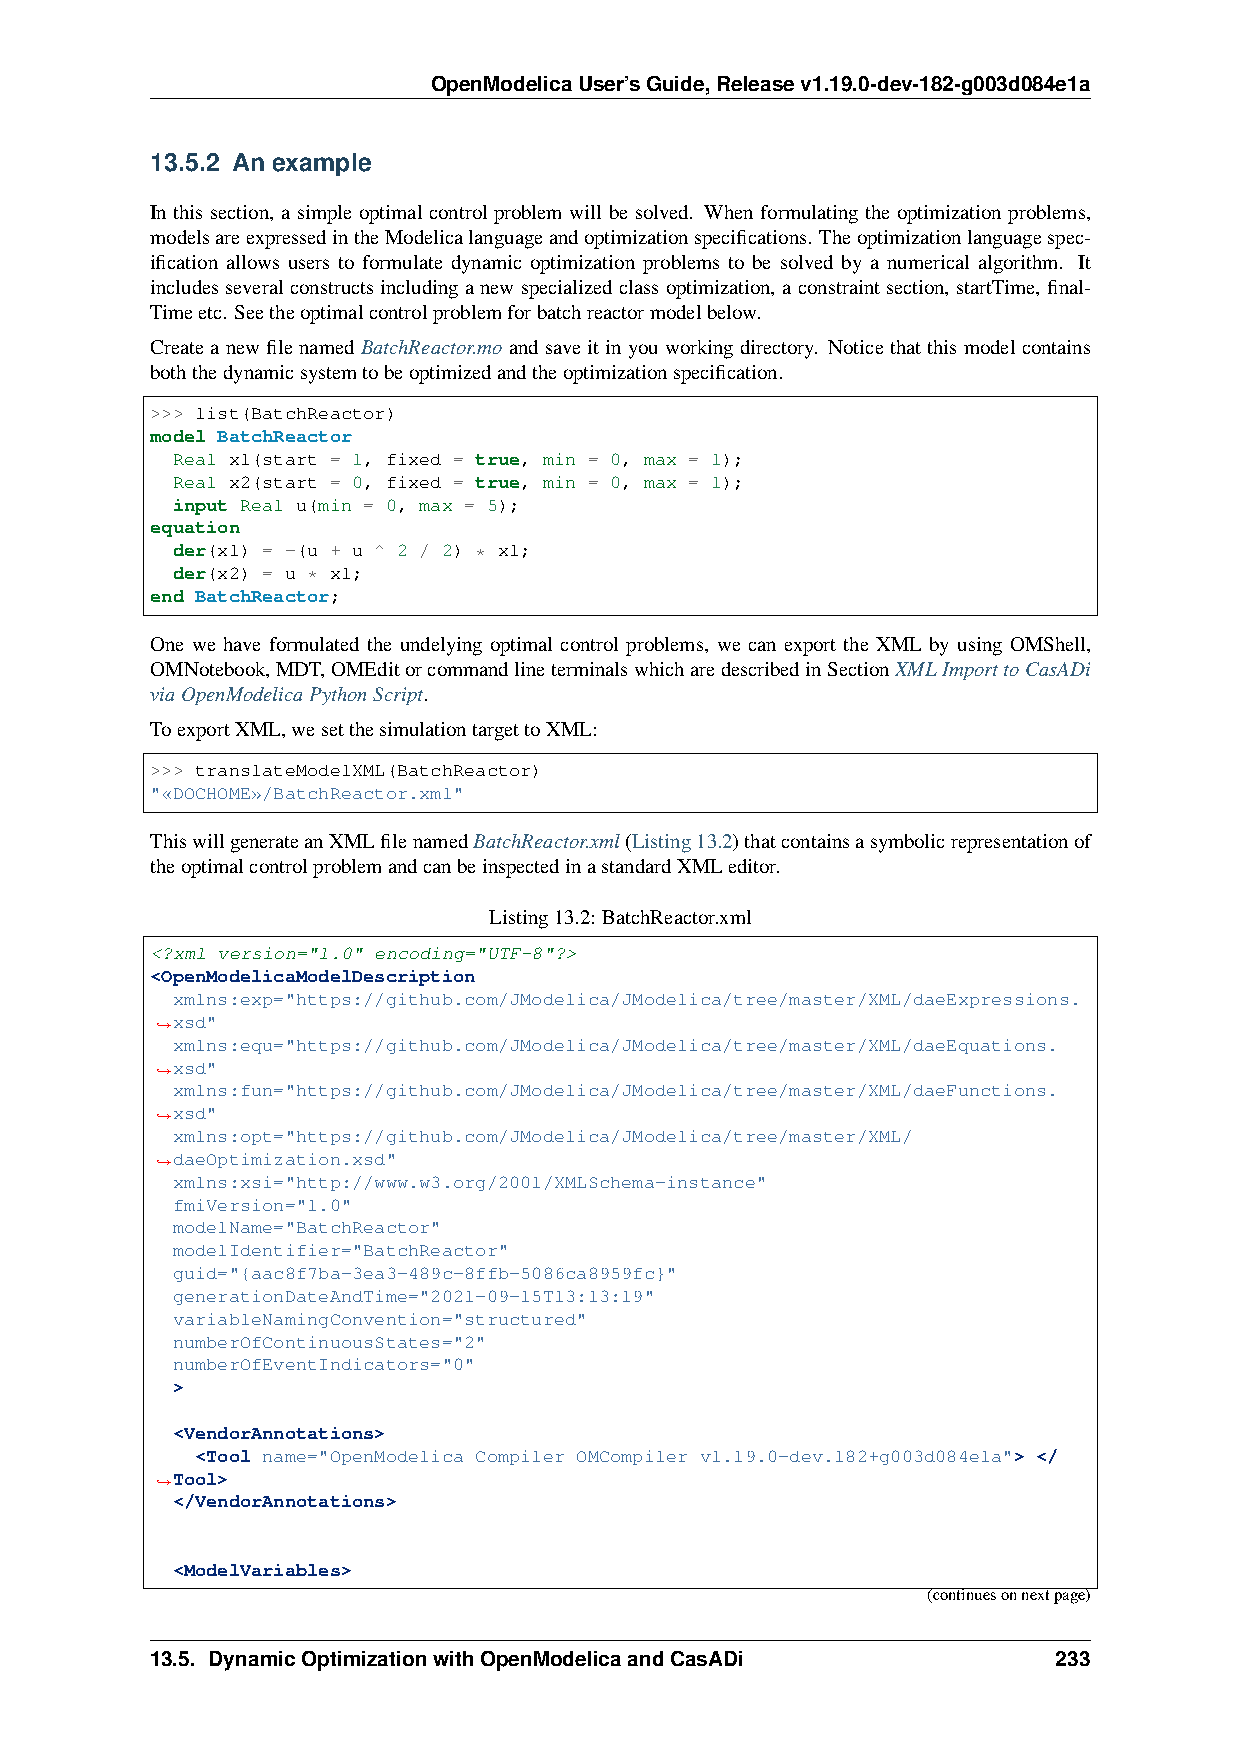
OpenModelicaUser’sGuide,Releasev1.19.0-dev-182-g003d084e1a
 13.5.2 An example
 In this section, a simple optimal control problem will be solved. When formulating the optimization problems,
 modelsareexpressedintheModelicalanguageandoptimizationspecifications. Theoptimizationlanguagespec-
 ification allows users to formulate dynamic optimization problems to be solved by a numerical algorithm. It
 includesseveralconstructsincludinganewspecializedclassoptimization, aconstraintsection, startTime, final-
 Timeetc. Seetheoptimalcontrolproblemforbatchreactormodelbelow.
 CreateanewfilenamedBatchReactor.moandsaveitinyouworkingdirectory. Noticethatthismodelcontains
 boththedynamicsystemtobeoptimizedandtheoptimizationspecification.
 >>> list(BatchReactor)
 model BatchReactor
 Real x1(start = 1, fixed = true, min = 0, max = 1);
 Real x2(start = 0, fixed = true, min = 0, max = 1);
 input Real u(min = 0, max = 5);
 equation
 der(x1) = -(u + u ^ 2 / 2) * x1;
 der(x2) = u * x1;
 end BatchReactor;
 One we have formulated the undelying optimal control problems, we can export the XML by using OMShell,
 OMNotebook,MDT,OMEditorcommandlineterminalswhicharedescribedinSectionXMLImporttoCasADi
 viaOpenModelicaPythonScript.
 ToexportXML,wesetthesimulationtargettoXML:
 >>> translateModelXML(BatchReactor)
 "«DOCHOME»/BatchReactor.xml"
 ThiswillgenerateanXMLfilenamedBatchReactor.xml(Listing13.2)thatcontainsasymbolicrepresentationof
 theoptimalcontrolproblemandcanbeinspectedinastandardXMLeditor.
 Listing13.2: BatchReactor.xml
 <?xml version="1.0" encoding="UTF-8"?>
 <OpenModelicaModelDescription
 xmlns:exp="https://github.com/JModelica/JModelica/tree/master/XML/daeExpressions.
 xsd"
 ˓→
 xmlns:equ="https://github.com/JModelica/JModelica/tree/master/XML/daeEquations.
 xsd"
 ˓→
 xmlns:fun="https://github.com/JModelica/JModelica/tree/master/XML/daeFunctions.
 xsd"
 ˓→
 xmlns:opt="https://github.com/JModelica/JModelica/tree/master/XML/
 daeOptimization.xsd"
 ˓→
 xmlns:xsi="http://www.w3.org/2001/XMLSchema-instance"
 fmiVersion="1.0"
 modelName="BatchReactor"
 modelIdentifier="BatchReactor"
 guid="{aac8f7ba-3ea3-489c-8ffb-5086ca8959fc}"
 generationDateAndTime="2021-09-15T13:13:19"
 variableNamingConvention="structured"
 numberOfContinuousStates="2"
 numberOfEventIndicators="0"
 >
 <VendorAnnotations>
 <Tool name="OpenModelica Compiler OMCompiler v1.19.0-dev.182+g003d084e1a"> </
 Tool>
 ˓→
 </VendorAnnotations>
 <ModelVariables>
 (continuesonnextpage)
 13.5. DynamicOptimizationwithOpenModelicaandCasADi          233